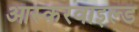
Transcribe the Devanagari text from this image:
आस्करवाइल्ड